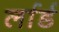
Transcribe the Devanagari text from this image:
र्लार्ड